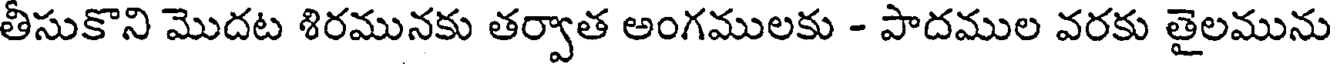
తీసుకొని మొదట శిరమునకు తర్వాత అంగములకు - పాదముల వరకు తైలమును